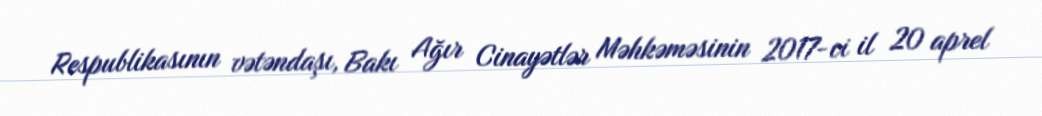
Respublikasının vətəndaşı, Bakı Ağır Cinayətlər Məhkəməsinin 2017-ci il 20 aprel